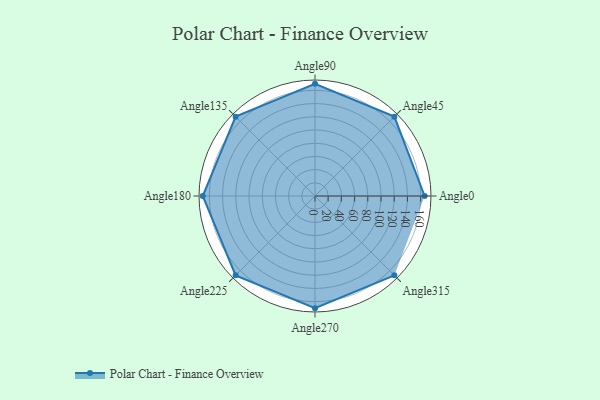
{"axis": {"x": "Angle", "y": "Radius"}, "legend": [""], "data": [{"x": "Angle0", "y": 166.0, "type": ""}, {"x": "Angle45", "y": 170, "type": ""}, {"x": "Angle90", "y": 170, "type": ""}, {"x": "Angle135", "y": 170, "type": ""}, {"x": "Angle180", "y": 170, "type": ""}, {"x": "Angle225", "y": 170, "type": ""}, {"x": "Angle270", "y": 170, "type": ""}, {"x": "Angle315", "y": 170, "type": ""}]}